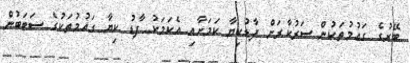
ބޭރުގެ ގައުމުތަކުން ސަރުކާރަށް ފާޑުކިޔާ ކަމަށާއި އެކަމަކު ފާޑު ކިޔާ ގައުމުތަކުގެ ސަބަބުން